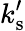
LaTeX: k_{\mathrm{s}}^{\prime}